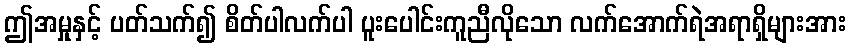
ဤအမှုနှင့် ပတ်သက်၍ စိတ်ပါလက်ပါ ပူးပေါင်းကူညီလိုသော လက်အောက်ရဲအရာရှိများအား